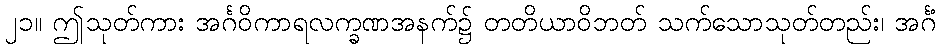
၂၁။ ဤသုတ်ကား အင်္ဂဝိကာရလက္ခဏအနက်၌ တတိယာဝိဘတ် သက်သောသုတ်တည်း၊ အင်္ဂံ